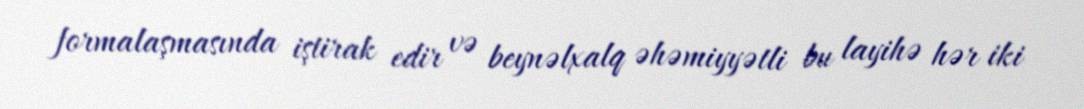
formalaşmasında iştirak edir və beynəlxalq əhəmiyyətli bu layihə hər iki